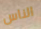
الناس